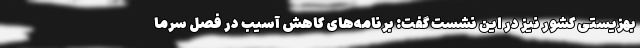
بهزیستی کشور نیز در این نشست گفت: برنامه‌‌های کاهش آسیب در فصل سرما